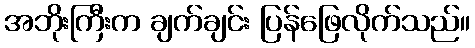
အဘိုးကြီးက ချက်ချင်း ပြန်ဖြေလိုက်သည်။